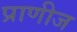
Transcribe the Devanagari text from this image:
प्राणीज